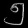
Digit: ၅